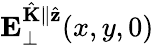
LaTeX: \mathbf{E}_{\perp}^{\hat{\mathbf{K}}\parallel\hat{\mathbf{z}}}(x,y,0)